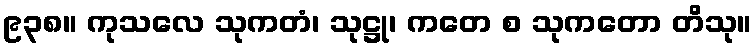
၉၃၈။ ကုသလေ သုကတံ၊ သုဋ္ဌု၊ ကတေ စ သုကတော တိသု။